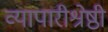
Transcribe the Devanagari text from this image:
व्यापारीश्रेष्ठी